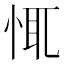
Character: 㤴